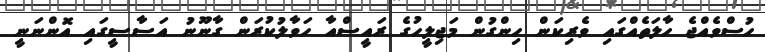
ހުސްވެއްޖެ ހާލަތެއްގައި ވެރިކަން ހިންގުން މަޖިލީހުގެ ރައީސްއާ ހަވާލުކުރަން ގާނޫނު އަސާސީގައި އޮންނަނީ